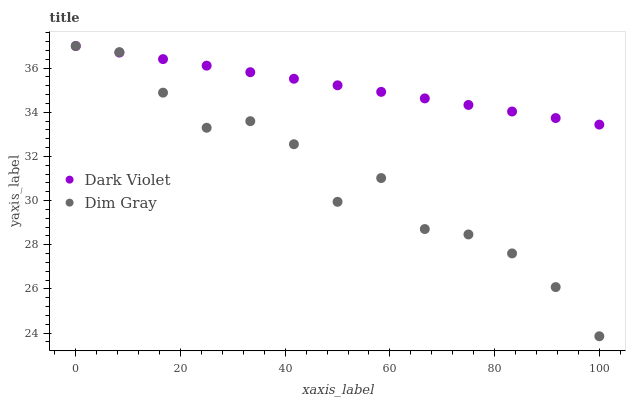
| xaxis_label | Dark Violet | Dim Gray |
 | --- | --- | --- |
 | 0 | 37 | 37 |
 | 8.33 | 36.7 | 36.7 |
 | 16.7 | 36.4 | 34.9 |
 | 25 | 36.1 | 33.3 |
 | 33.3 | 35.8 | 33.6 |
 | 41.7 | 35.5 | 32.6 |
 | 50 | 35.2 | 29.9 |
 | 58.3 | 34.9 | 31 |
 | 66.7 | 34.6 | 28.7 |
 | 75 | 34.3 | 28.5 |
 | 83.3 | 34 | 27.6 |
 | 91.7 | 33.7 | 26.1 |
 | 100 | 33.4 | 23.9 |